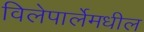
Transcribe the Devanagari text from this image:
विलेपार्लेमधील